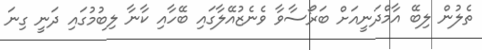
ތެލުން ލިބޭ އާމްދަނީއަށް ބަރޯސާވާ ވެނެޒުއޭލާގައި ބޭހާއި ކާނާ ލިބުމުގައި ދަނީ ގިނަ